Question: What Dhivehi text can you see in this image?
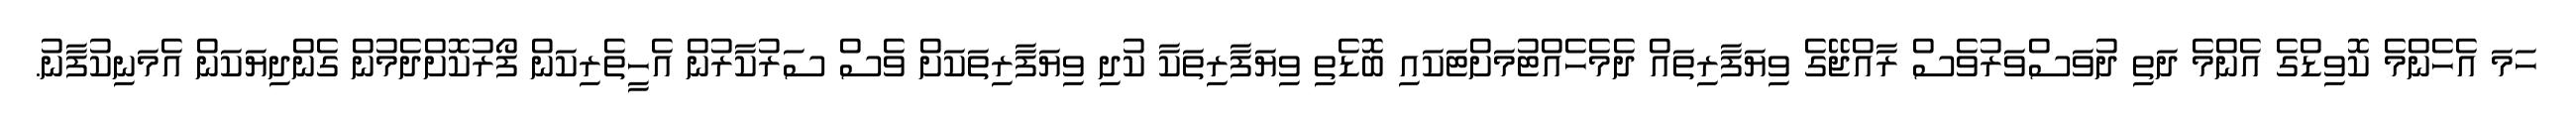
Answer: ހަމަ އެހެންމެ ކޮވިޑްގެ އެންމެ ދަތި ދުވަސްވަރުވެސް ރާއްޖޭގެ ވިޔަފާރިތައް ދެމެހެއްޓުމަށްޓަކައި ބޮޑެތި ވިޔަފާރިތަކާ ކުދި ވިޔަފާރިތަކަށް ވެސް ސަރުކާރުން އެހީތެރިކަން ފޯރުކޮށްދެމުން ގެންދިޔަކަން އެމަނިކުފާނު.